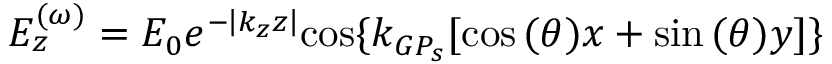
E _ { z } ^ { ( \omega ) } = E _ { 0 } e ^ { - { \left| { k _ { z } z } \right| } } { \cos \{ k _ { G P _ { s } } [ \cos { ( \theta ) x } + \sin { ( \theta ) } y ] \} }